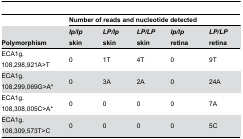
<table><thead><tr><td></td><td colspan="5"><b>Number of reads and nucleotide detected</b></td></tr><tr><td><b>Polymorphism </b></td><td><b><i>lp/lp</i> skin</b></td><td><b><i>LP/lp</i> skin</b></td><td><b><i>LP/LP</i> skin</b></td><td><b><i>lp/lp</i> retina</b></td><td><b><i>LP/LP</i> retina</b></td></tr></thead><tbody><tr><td>ECA1g. 108,298,921A&gt;T</td><td>0</td><td>1T</td><td>4T</td><td>0</td><td>9T</td></tr><tr><td>ECA1g. 108,299,069G&gt;A*</td><td>0</td><td>3A</td><td>2A</td><td>0</td><td>24A</td></tr><tr><td>ECA1g. 108,308,005C&gt;A*</td><td>0</td><td>0</td><td>0</td><td>0</td><td>7A</td></tr><tr><td>ECA1g. 108,309,573T&gt;C</td><td>0</td><td>0</td><td>0</td><td>0</td><td>5C</td></tr></tbody></table>